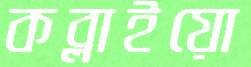
কব্‌লাইয়ো